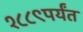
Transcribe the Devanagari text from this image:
१८८९पर्यंत